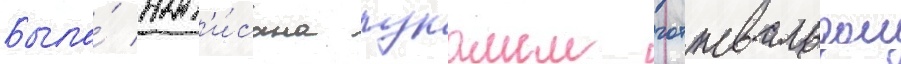
Была́ нап'и́сана лукашем готтвальдом